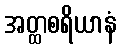
အတ္ထစရိယာနံ